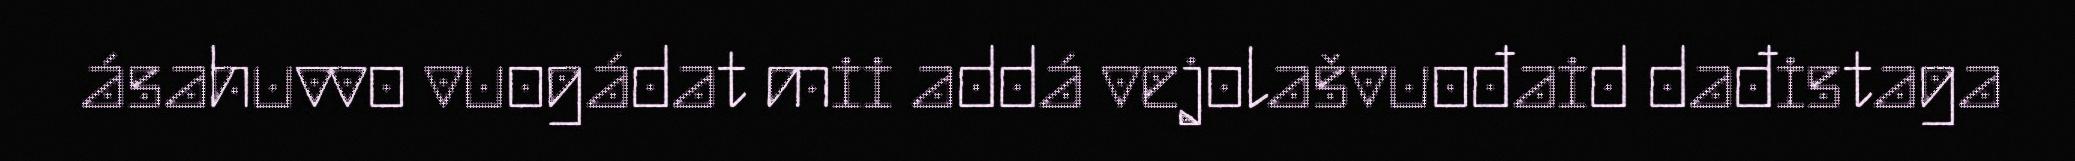
ásahuvvo vuogádat mii addá vejolašvuođaid dađistaga